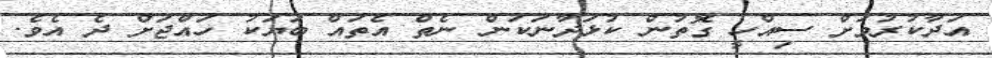
އަދާކުރުމަށް ސިއްހީ ގޮތުން ކުޅަދާނަކަން ނެތް އެތައް ބަޔަކު ހައްޖަށް ދެ އެވެ.